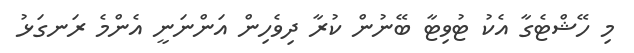
މި ހޭޝްޓެގާ އެކު ޓުވިޓާ ބޭނުން ކުރާ ދިވެހިން އަންނަނީ އެންމެ ރަނގަޅު